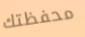
محفظتك